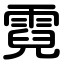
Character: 霓